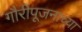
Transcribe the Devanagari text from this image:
गौरीपूजनाच्या